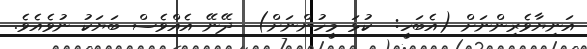
އަނިޔާވެރިންނަށް (އެބަހީ:  ކުޅަ މީހުންނަށް)  ދޭނޭ އެއްވެސް ބަޔަކު ނުވެއެވެ.